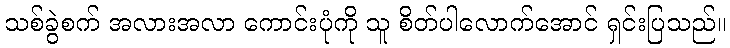
သစ်ခွဲစက် အလားအလာ ကောင်းပုံကို သူ စိတ်ပါလောက်အောင် ရှင်းပြသည်။